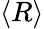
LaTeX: \langle R\rangle